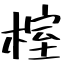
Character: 榁